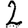
Digit: 2